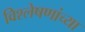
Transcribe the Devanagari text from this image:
विश्लेषणांच्या